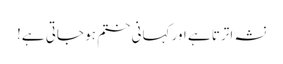
نشہ اترتا ہے اور کہانی ختم ہو جاتی ہے!